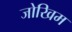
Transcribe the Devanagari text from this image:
जोखिम